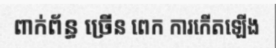
ពាក់ព័ន្ធ ច្រើន ពេក ការកើតឡើង